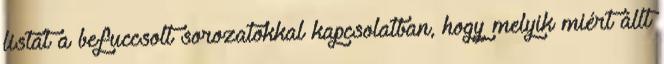
listát a befuccsolt sorozatokkal kapcsolatban, hogy melyik miért állt